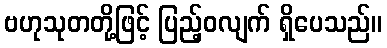
ဗဟုသုတတို့ဖြင့် ပြည့်ဝလျက် ရှိပေသည်။